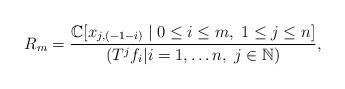
LaTeX: \begin{align*}R_{m}=\frac{\mathbb{C}[x_{j,(-1-i)}\;|\;0\leq i\leq m,\; 1\leq j\leq n]}{( T^{j}f_{i}|i=1,\ldots n,\; j\in\mathbb{N}) } , \end{align*}